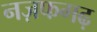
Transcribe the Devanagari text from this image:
नज़फगढ़